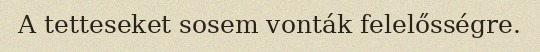
A tetteseket sosem vonták felelősségre.